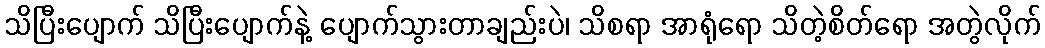
သိပြီးပျောက် သိပြီးပျောက်နဲ့ ပျောက်သွားတာချည်းပဲ၊ သိစရာ အာရုံရော သိတဲ့စိတ်ရော အတွဲလိုက်